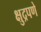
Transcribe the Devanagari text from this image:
क्षुद्रपणे